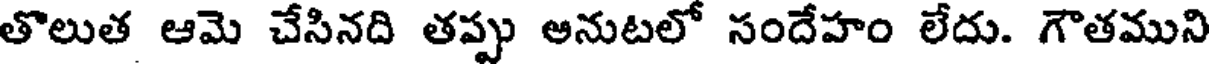
తొలుత ఆమె చేసినది తప్పు అనుటలో సందేహం లేదు. గౌతముని